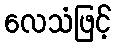
လေသံဖြင့်